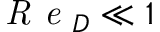
\textit { R e } _ { D } \ll 1